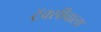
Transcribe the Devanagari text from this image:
टॅक्सीवाला